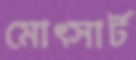
মোত্সার্ট